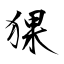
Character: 猓